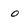
Character: 0